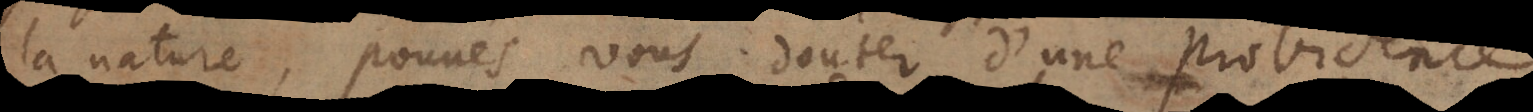
la nature, pouvés vous douter d’une prudence